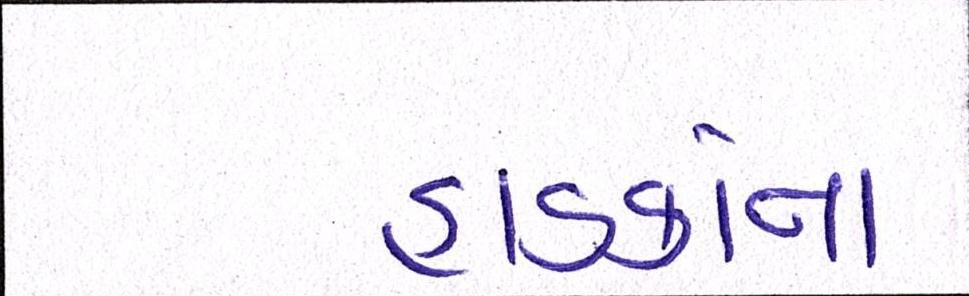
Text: હાડકાંના